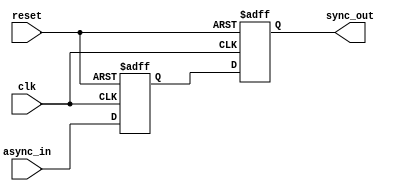
module MetaStabilityFilter (
    input wire       clk,       // Clock signal
    input wire       reset,     // Optional reset signal
    input wire       async_in,  // Asynchronous input signal
    output reg      sync_out    // Synchronized output signal
);

    // Internal signals for two-stage flip-flops
    reg ff1_out;             // Output of the first flip-flop

    // First flip-flop: samples the asynchronous input
    always @(posedge clk or posedge reset) begin
        if (reset) begin
            ff1_out <= 1'b0; // Reset to a known state
        end else begin
            ff1_out <= async_in; // Sample the asynchronous input
        end
    end

    // Second flip-flop: samples the output of the first flip-flop
    always @(posedge clk or posedge reset) begin
        if (reset) begin
            sync_out <= 1'b0;   // Reset to a known state
        end else begin
            sync_out <= ff1_out; // Sample the output of FF1
        end
    end

endmodule